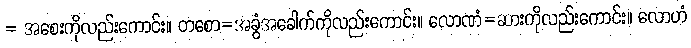
= အစေးကိုလည်းကောင်း။ တစော=အခွံအခေါက်ကိုလည်းကောင်း။ လောဏံ=ဆားကိုလည်းကောင်း။ လောဟံ